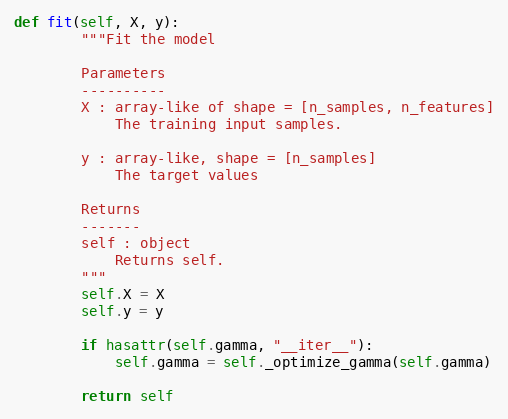
Language: Python
def fit(self, X, y):
        """Fit the model

        Parameters
        ----------
        X : array-like of shape = [n_samples, n_features]
            The training input samples.

        y : array-like, shape = [n_samples]
            The target values

        Returns
        -------
        self : object
            Returns self.
        """
        self.X = X
        self.y = y

        if hasattr(self.gamma, "__iter__"):
            self.gamma = self._optimize_gamma(self.gamma)

        return self